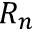
R _ { n }